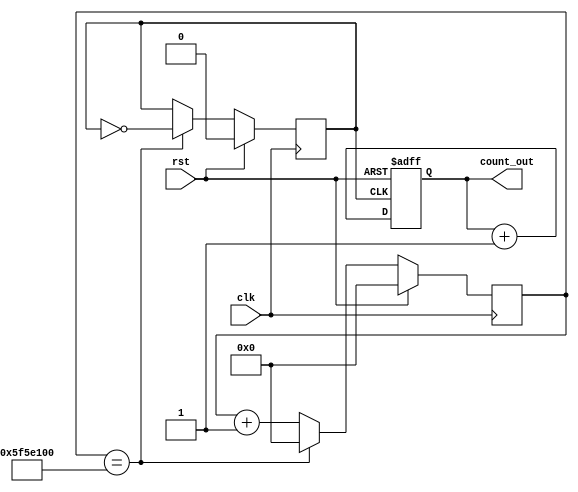
module upcounter_4bit_using_clock_divider(input clk,rst,output reg [3:0]count_out);
reg [26:0]count;
reg clk_out;
always @(posedge clk)
begin
   if(rst)
   begin
   count<=27'b0;
   clk_out<=1'b0;
   end
   else if(count==27'd100000000)
   begin
   clk_out<=~clk_out;
   count<=27'b0;
   end
   else
   begin
   count<=count+1'b1;
   clk_out<=clk_out;
   end
end
always@(posedge clk_out,posedge rst)
begin
if(rst)
count_out<=4'b0;
else
count_out<=count_out+1'b1;
end
endmodule